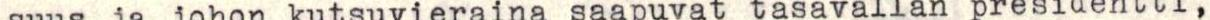
suus ja johon kutsuvieraina saapuvat tasavallan presidentti,